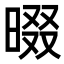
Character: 𣇽